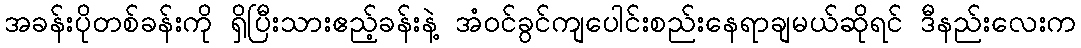
အခန်းပိုတစ်ခန်းကို ရှိပြီးသားဧည့်ခန်းနဲ့ အံဝင်ခွင်ကျပေါင်းစည်းနေရာချမယ်ဆိုရင် ဒီနည်းလေးက